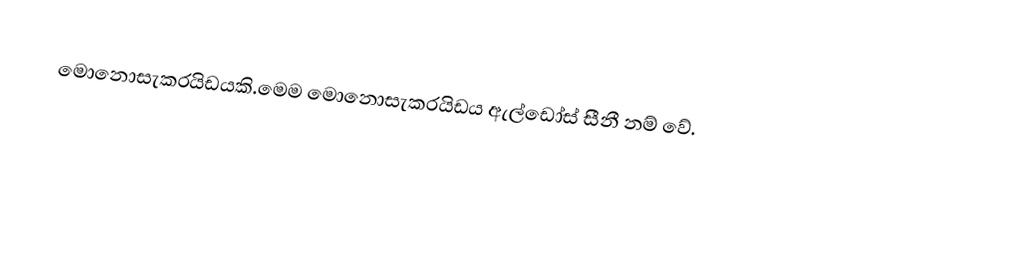
මොනොසැකරයිඩයකි.මෙම මොනොසැකරයිඩය ඇල්ඩෝස් සීනී නම් වේ.